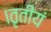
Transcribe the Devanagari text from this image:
।तृतीयं